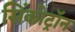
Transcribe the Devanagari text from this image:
सिंकोट्रॉन